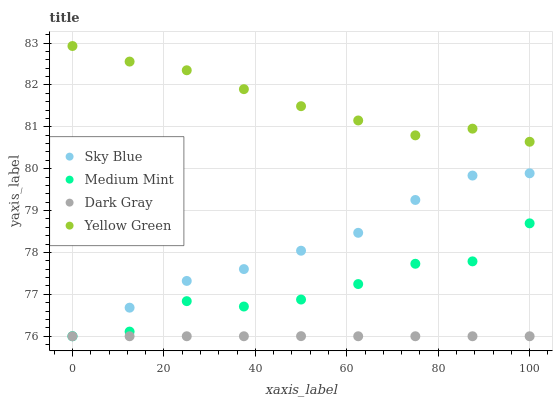
| xaxis_label | Sky Blue | Medium Mint | Dark Gray | Yellow Green |
 | --- | --- | --- | --- | --- |
 | 0 | 76 | 76 | 76 | 82.9 |
 | 12.5 | 76.7 | 76.1 | 76 | 82.6 |
 | 25 | 77.3 | 76.8 | 76 | 82.3 |
 | 37.5 | 77.6 | 76.7 | 76 | 81.9 |
 | 50 | 78 | 76.9 | 76 | 81.5 |
 | 62.5 | 78.5 | 77.2 | 76 | 81.2 |
 | 75 | 79.3 | 77.7 | 76 | 80.8 |
 | 87.5 | 79.8 | 77.8 | 76 | 81 |
 | 100 | 79.9 | 78.7 | 76 | 80.6 |